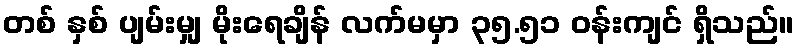
တစ် နှစ် ပျမ်းမျှ မိုးရေချိန် လက်မမှာ ၃၅.၅၁ ဝန်းကျင် ရှိသည်။